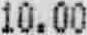
10.00